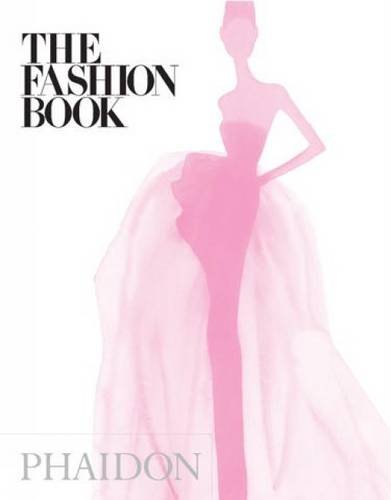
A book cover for The Fashion Book: Mini Edition; Alice Mackrell; Arts & Photography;